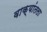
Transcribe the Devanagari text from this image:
वाक्यांतला